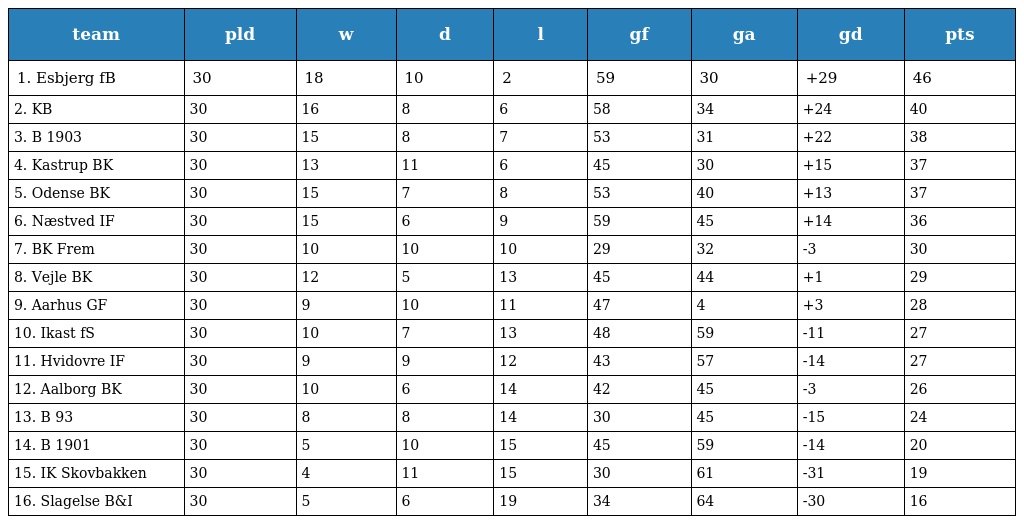
| team | pld | w | d | l | gf | ga | gd | pts |
 | --- | --- | --- | --- | --- | --- | --- | --- | --- |
 | 1. Esbjerg fB | 30 | 18 | 10 | 2 | 59 | 30 | +29 | 46 |
 | 2. KB | 30 | 16 | 8 | 6 | 58 | 34 | +24 | 40 |
 | 3. B 1903 | 30 | 15 | 8 | 7 | 53 | 31 | +22 | 38 |
 | 4. Kastrup BK | 30 | 13 | 11 | 6 | 45 | 30 | +15 | 37 |
 | 5. Odense BK | 30 | 15 | 7 | 8 | 53 | 40 | +13 | 37 |
 | 6. Næstved IF | 30 | 15 | 6 | 9 | 59 | 45 | +14 | 36 |
 | 7. BK Frem | 30 | 10 | 10 | 10 | 29 | 32 | -3 | 30 |
 | 8. Vejle BK | 30 | 12 | 5 | 13 | 45 | 44 | +1 | 29 |
 | 9. Aarhus GF | 30 | 9 | 10 | 11 | 47 | 4 | +3 | 28 |
 | 10. Ikast fS | 30 | 10 | 7 | 13 | 48 | 59 | -11 | 27 |
 | 11. Hvidovre IF | 30 | 9 | 9 | 12 | 43 | 57 | -14 | 27 |
 | 12. Aalborg BK | 30 | 10 | 6 | 14 | 42 | 45 | -3 | 26 |
 | 13. B 93 | 30 | 8 | 8 | 14 | 30 | 45 | -15 | 24 |
 | 14. B 1901 | 30 | 5 | 10 | 15 | 45 | 59 | -14 | 20 |
 | 15. IK Skovbakken | 30 | 4 | 11 | 15 | 30 | 61 | -31 | 19 |
 | 16. Slagelse B&I | 30 | 5 | 6 | 19 | 34 | 64 | -30 | 16 |